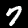
Label: 7